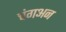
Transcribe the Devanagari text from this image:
चंगअन